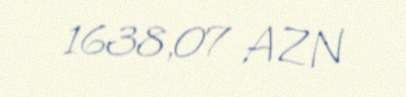
1638,07 AZN